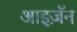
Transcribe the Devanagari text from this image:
आइज़ॅन